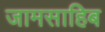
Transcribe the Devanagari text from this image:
जामसाहिब